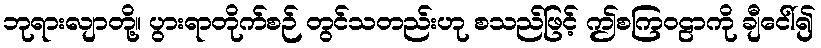
ဘုရားလျာတို့။ ပွားရာတိုက်စဉ် တွင်သတည်းဟု စသည်ဖြင့် ဤစကြဝဠာကို ချီငေါ်၍